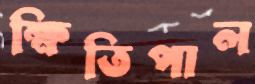
ক্ষিতিপাল